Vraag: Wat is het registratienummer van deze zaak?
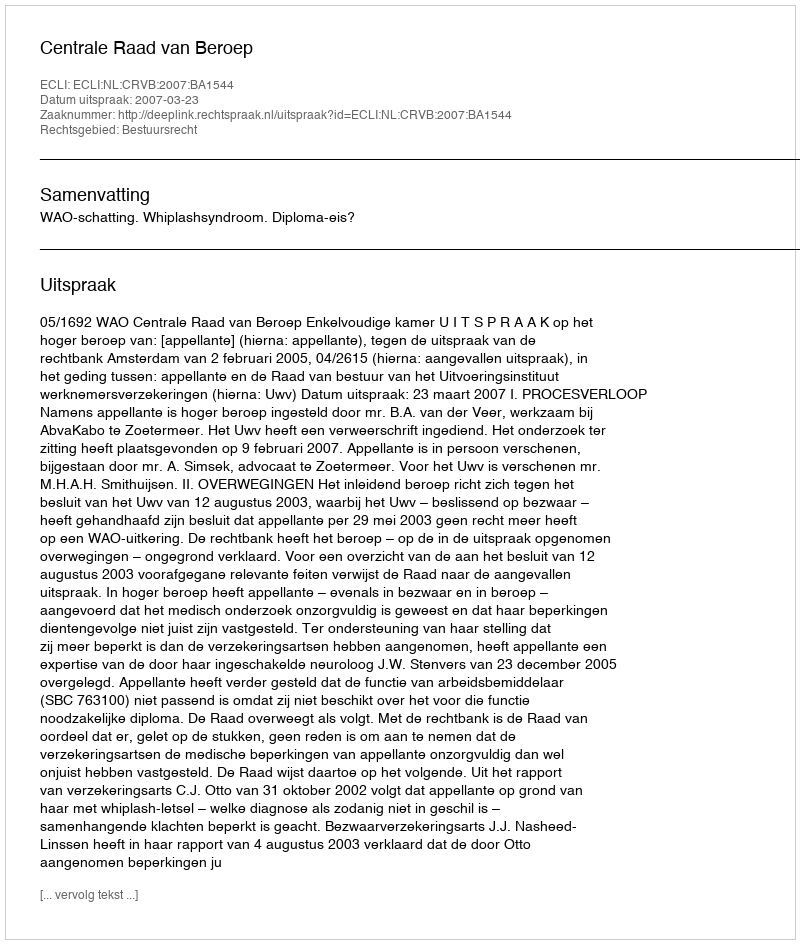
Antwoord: http://deeplink.rechtspraak.nl/uitspraak?id=ECLI:NL:CRVB:2007:BA1544